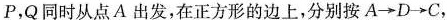
P，Q同时从点A出发，在正方形的边上，分别按A→D→C，